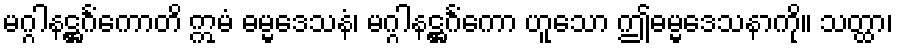
မဂ္ဂါနဋ္ဌင်္ဂံကောတိ ဣမံ ဓမ္မဒေသနံ၊ မဂ္ဂါနဋ္ဌင်္ဂံကော ဟူသော ဤဓမ္မဒေသနာကို။ သတ္ထာ၊